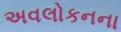
અવલોકનના